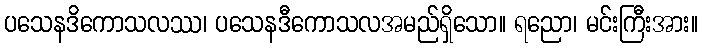
ပသေနဒိကောသလဿ၊ ပသေနဒီကောသလအမည်ရှိသော။ ရညော၊ မင်းကြီးအား။